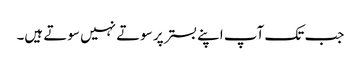
جب تک آپ اپنے بستر پر سوتے نہیں سوتے ہیں۔